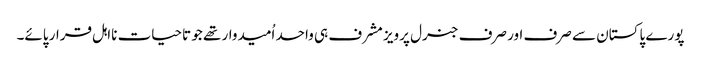
پورے پاکستان سے صرف اور صرف جنرل پرویز مشرف ہی واحد اُمیدوار تھے جو تاحیات نااہل قرار پائے۔